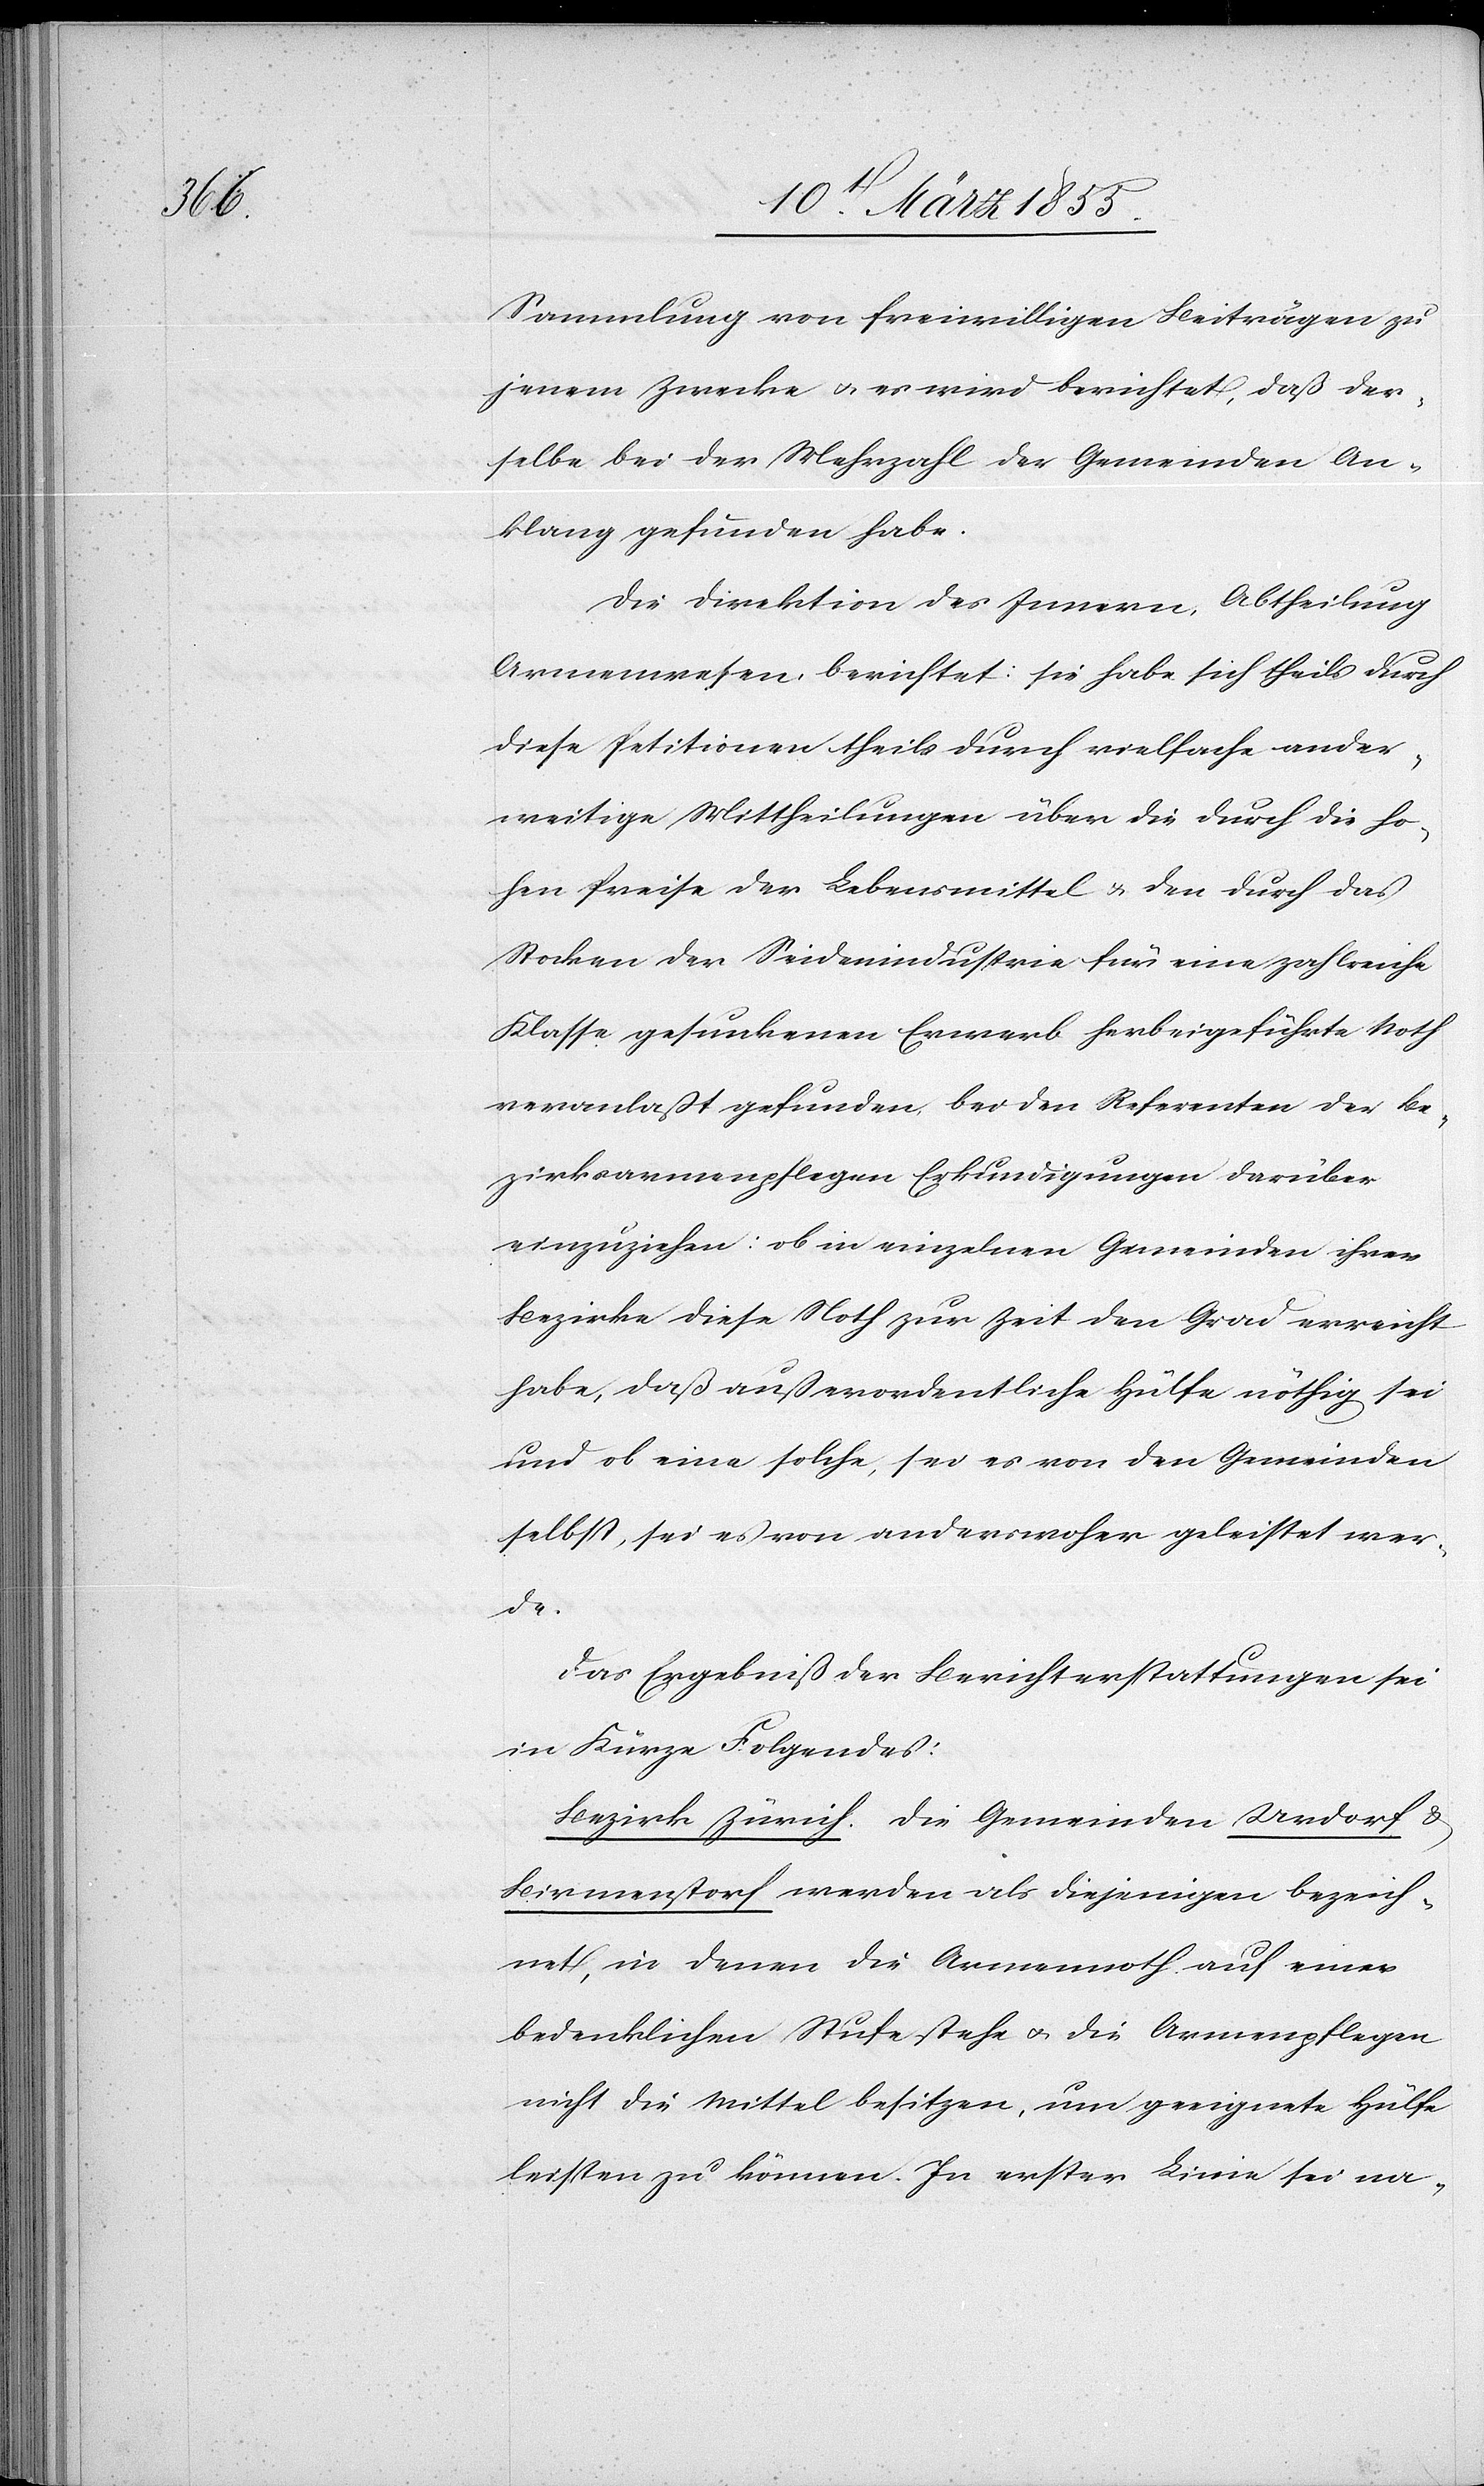
Sammlung von freiwilligen Beiträgen zu
jenem Zwecke & es wird berichtet, daß der¬
selbe bei der Mehrzahl der Gemeinden An¬
klang gefunden habe.
Die Direktion des Innern, Abtheilung
Armenwesen, berichtet: sie habe sich theils durch
diese Petitionen theils durch vielfache ander¬
weitige Mittheilungen über die durch die ho¬
hen Preise der Lebensmittel & den durch das
Stocken der Seidenindustrie für eine zahlreiche
Klasse gesunkenen Erwerb herbeigeführte Noth
veranlaßt gefunden, bei den Referenten der Be¬
zirksarmenpflegen Erkundigungen darüber
einzuziehen: ob in einzelnen Gemeinden ihrer
Bezirke diese Noth zur Zeit den Grad erreicht
habe, daß außerordentliche Hülfe nöthig sei
und ob eine solche, sei es von den Gemeinden
selbst, sei es von anderswoher geleistet wer¬
de.
Das Ergebniß der Berichterstattungen sei
in Kürze Folgendes:
Bezirk Zürich. Die Gemeinden Urdorf &
Birmenstorf werden als diejenigen bezeich¬
net, in denen die Armennoth auf einer
bedenklichen Stufe stehe & die Armenpflegen
nicht die Mittel besitzen, um geeignete Hülfe
leisten zu können. In erster Linie sei na-